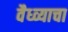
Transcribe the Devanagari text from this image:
वैध्व्याचा